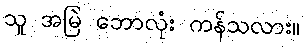
သူ အမြဲ ဘောလုံး ကန်သလား။